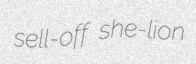
sell-off she-lion